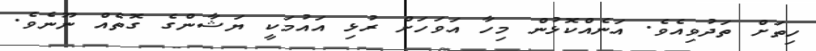
ހިތަށް ތަދުވިއެވެ. އަނެއްކޮޅުން މިހާ އަވަހަށް ރުޅި އައުމަކީ ޔަޝާންގެ ގޮތެއް ނޫނެވެ.